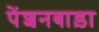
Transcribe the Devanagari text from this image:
पेंशनबाड़ा